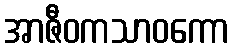
အာဇီဝကသာဝကော